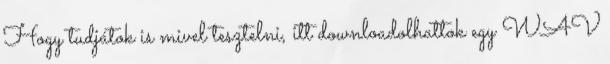
Hogy tudjátok is mivel tesztelni, itt downloadolhattok egy WAV